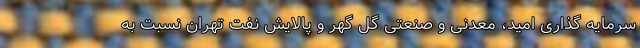
سرمایه گذاری امید، معدنی و صنعتی گل گهر و پالایش نفت تهران نسبت به